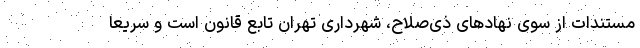
مستندات از سوی نهادهای ذی‌صلاح، شهرداری تهران تابع قانون است و سریعاً